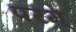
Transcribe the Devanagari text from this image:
परम्‌